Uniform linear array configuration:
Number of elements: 12
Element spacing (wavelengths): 1
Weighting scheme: kaiser
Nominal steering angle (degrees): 30
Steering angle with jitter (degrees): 30.016
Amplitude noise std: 0.05
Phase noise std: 0.05

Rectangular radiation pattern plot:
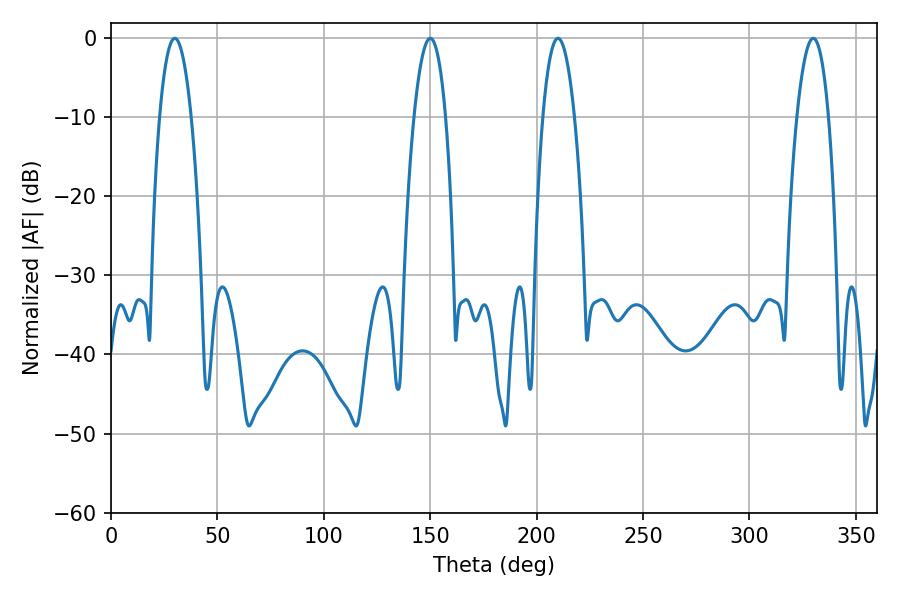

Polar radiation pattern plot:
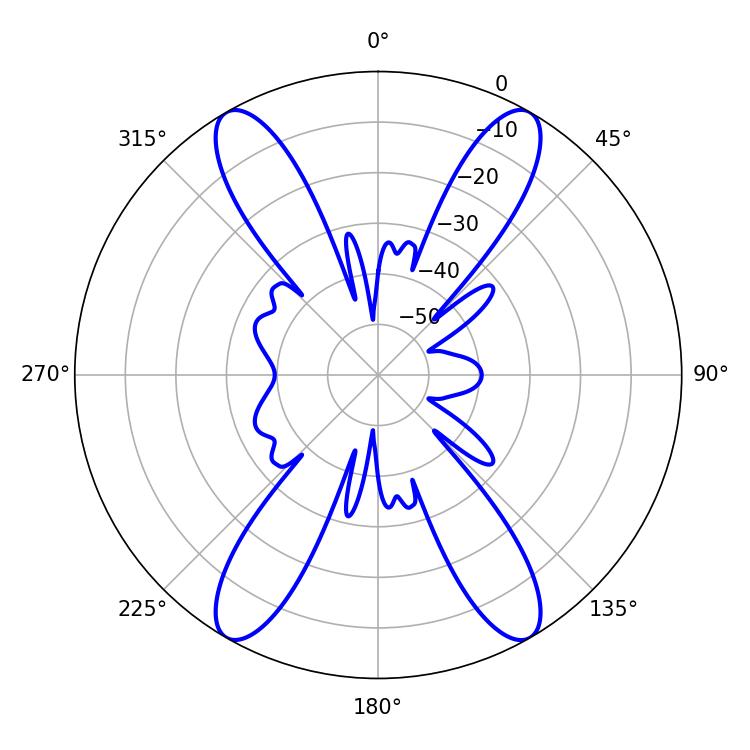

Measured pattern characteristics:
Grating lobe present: TRUE
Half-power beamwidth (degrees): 8.28
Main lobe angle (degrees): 329.94